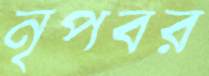
নৃপবর